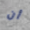
أن